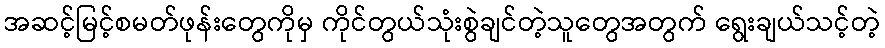
အဆင့်မြင့်စမတ်ဖုန်းတွေကိုမှ ကိုင်တွယ်သုံးစွဲချင်တဲ့သူတွေအတွက် ရွေးချယ်သင့်တဲ့